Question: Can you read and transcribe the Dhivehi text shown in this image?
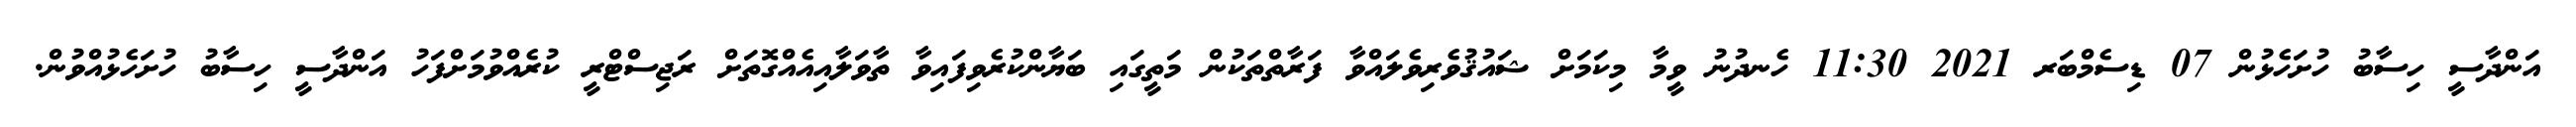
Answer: އަންދާސީ ހިސާބު ހުށަހެޅުން 07 ޑިސެމްބަރ 2021 11:30 ހެނދުނު ވީމާ މިކަމަށް ޝައުޤުވެރިވެލައްވާ ފަރާތްތަކުން މަތީގައި ބަޔާންކުރެވިފައިވާ ތާވަލާއިއެއްގޮތަށް ރަޖިސްޓްރީ ކުރެއްވުމަށްފަހު އަންދާސީ ހިސާބު ހުށަހެޅުއްވުން.